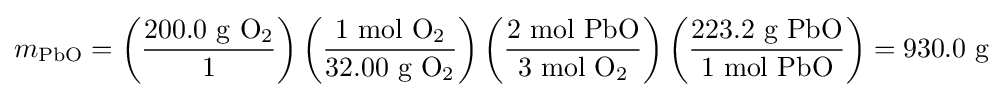
m_{\mathrm {PbO} }=\left({\frac {200.0{\mbox{ g }}\mathrm {O_{2}} }{1}}\right)\left({\frac {1{\mbox{ mol }}\mathrm {O_{2}} }{32.00{\mbox{ g }}\mathrm {O_{2}} }}\right)\left({\frac {2{\mbox{ mol }}\mathrm {PbO} }{3{\mbox{ mol }}\mathrm {O_{2}} }}\right)\left({\frac {223.2{\mbox{ g }}\mathrm {PbO} }{1{\mbox{ mol }}\mathrm {PbO} }}\right)=930.0{\mbox{ g}}